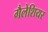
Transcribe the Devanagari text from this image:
गैलेशियर